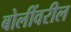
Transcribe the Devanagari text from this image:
बोलींवरील